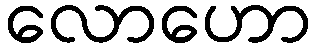
လောဟော